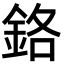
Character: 鉻